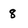
Character: 8